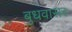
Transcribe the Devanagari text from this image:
बुधवासर